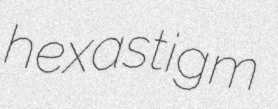
hexastigm